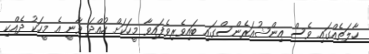
ހާލަތެއްގައި ވެސް އިންޝުއަރެންސްގައި ބައިވެރިވެފައިވާ މީހަކަށް ހުއްދަ ވާނީ އެ މީހަކު ދެއްކި